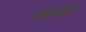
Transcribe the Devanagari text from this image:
जगदंबेला